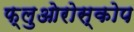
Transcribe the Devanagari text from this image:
फ्लुओरोस्कोप